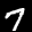
Label: 7